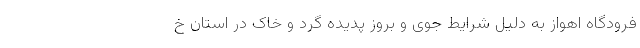
فرودگاه اهواز به دلیل شرایط جوی و بروز پدیده گرد و خاک در استان خ